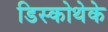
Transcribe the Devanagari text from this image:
डिस्कोथेके